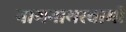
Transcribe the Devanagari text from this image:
नागनाथस्वामी